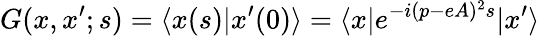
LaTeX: G(x,x^{\prime};s)=\langle x(s)|x^{\prime}(0)\rangle=\langle x|e^{-i(p-eA)^{2}s}|x^{\prime}\rangle